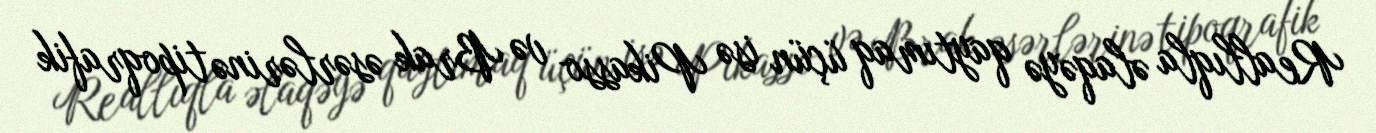
Reallıqla əlaqəyə qaytımaq üçün isə Pikasso və Brak əsərlərinə tipoqrafik